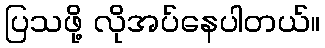
ပြသဖို့ လိုအပ်နေပါတယ်။